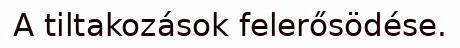
A tiltakozások felerősödése.